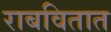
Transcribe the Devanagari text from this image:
राबवितात